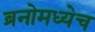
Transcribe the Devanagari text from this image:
ब्रनोमध्येच